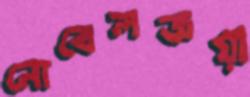
নোবেলজয়ী